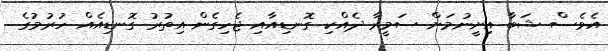
އެވެސް ޝަބާ އިށީނުމަށް ސަމީރާ ދެއްކި ގޮނޑިއާއި ޖެހިގެން އިތުރު ގޮނޑިއެއް ހުރުމުގެ